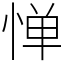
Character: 惮